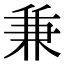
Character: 兼